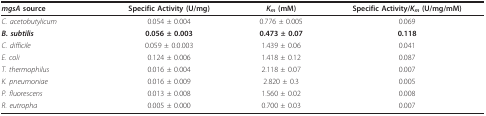
<table><thead><tr><td><b><i>mgsA </i>source</b></td><td><b>Specific Activity (U/mg)</b></td><td><b><i>K<sub>m </sub></i>(mM)</b></td><td><b>Specific Activity/<i>K<sub>m </sub></i>(U/mg/mM)</b></td></tr></thead><tbody><tr><td><i>C. acetobutylicum</i></td><td>0.054 ± 0.004</td><td>0.776 ± 0.005</td><td>0.069</td></tr><tr><td><b><i>B. subtilis</i></b></td><td><b>0.056 ± 0.003</b></td><td><b>0.473 ± 0.07</b></td><td><b>0.118</b></td></tr><tr><td><i>C. difficile</i></td><td>0.059 ± 0.0.003</td><td>1.439 ± 0.06</td><td>0.041</td></tr><tr><td><i>E. coli</i></td><td>0.124 ± 0.006</td><td>1.418 ± 0.12</td><td>0.087</td></tr><tr><td><i>T. thermophilus</i></td><td>0.016 ± 0.004</td><td>2.118 ± 0.07</td><td>0.007</td></tr><tr><td><i>K. pneumoniae</i></td><td>0.016 ± 0.009</td><td>2.820 ± 0.3</td><td>0.005</td></tr><tr><td><i>P. fluorescens</i></td><td>0.013 ± 0.008</td><td>1.560 ± 0.02</td><td>0.008</td></tr><tr><td><i>R. eutropha</i></td><td>0.005 ± 0.000</td><td>0.700 ± 0.03</td><td>0.007</td></tr></tbody></table>